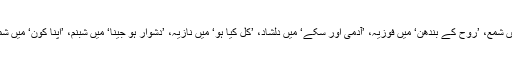
اسی طرح ’لہر لہر منجھدار‘ میں شمع، ’روح کے بندھن‘ میں فوزیہ، ’آدمی اور سکے‘ میں دلشاد، ’کل کیا ہو‘ میں نازیہ، ’دشوار ہو جینا‘ میں شبنم، ’اپنا کون‘ میں شمو کی کہانیوں کو پیش کیا ہے۔